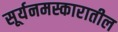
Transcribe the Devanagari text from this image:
सूर्यनमस्कारातील